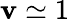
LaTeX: \mathbf{v}\simeq1